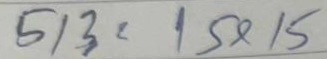
513 = 15x15